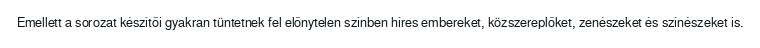
Emellett a sorozat készítői gyakran tüntetnek fel előnytelen színben híres embereket, közszereplőket, zenészeket és színészeket is.